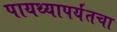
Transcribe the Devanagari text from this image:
पायथ्यापर्यंतचा